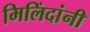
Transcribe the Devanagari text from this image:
मिलिंदांनी